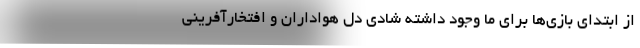
از ابتدای بازی‌ها برای ما وجود داشته شادی دل هواداران و افتخارآفرینی